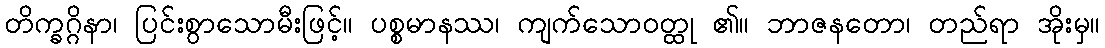
တိက္ခဂ္ဂိနာ၊ ပြင်းစွာသောမီးဖြင့်။ ပစ္စမာနဿ၊ ကျက်သောဝတ္ထု ၏။ ဘာဇနတော၊ တည်ရာ အိုးမှ။